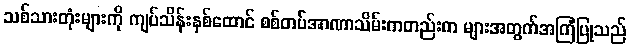
သစ်သားတုံးများကို ကျပ်သိန်းနှစ်ထောင် စစ်တပ်အာဏာသိမ်းကတည်းက များအတွက်အကြံပြုသည်